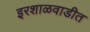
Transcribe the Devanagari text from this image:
इरशाळवाडीत